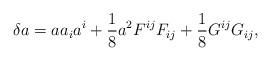
LaTeX: \begin{align*}\delta a = a a_{i} a^{i}+ \frac{1}{8} a^{2} F^{ij} F_{ij} + \frac{1}{8} G^{ij} G_{ij},\end{align*}